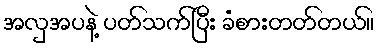
အလှအပနဲ့ ပတ်သက်ပြီး ခံစားတတ်တယ်။